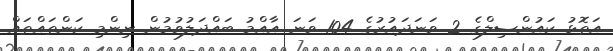
އަތޮޅު ކައުންސިލްގެ 2 ވަނަދައުރުގެ 104 ވަނަ އާއްމު ބައްދަލުވުމުން ނިންމި ކަންތައްތައް